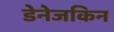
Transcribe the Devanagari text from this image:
डेनेजकिन